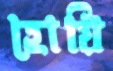
হোয়ি